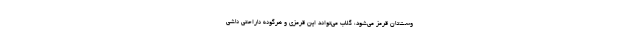
وست‌تان قرمز می‌شود، گلاب می‌تواند این قرمزی و هرگونه ناراحتی ناشی